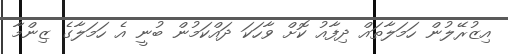
އިޒުރޭލުން ހަަމަލާތައް ދިފާއު ކޮށް ވާހަކަ ދައްކަމުން ބުނީ އެ ހަމަލާގެ ޒިންމާ